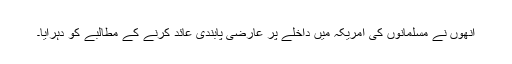
انھوں نے مسلمانوں کی امریکہ میں داخلے پر عارضی پابندی عائد کرنے کے مطالبے کو دہرایا۔